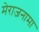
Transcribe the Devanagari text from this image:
मेराजनामा